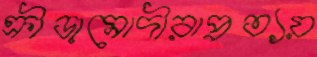
ক্রীড়ামোদীরাপ্রত্যয়